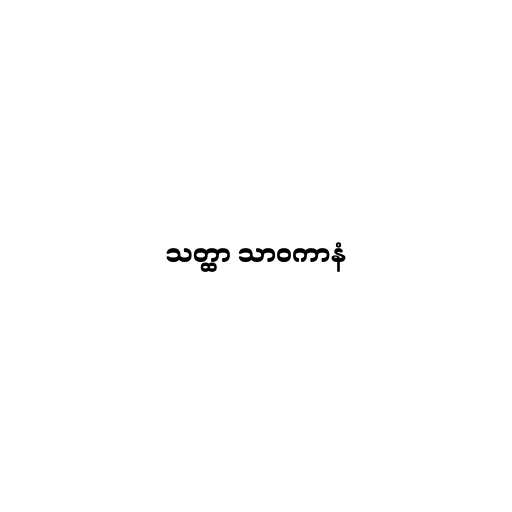
သတ္ထာ သာဝကာနံ